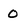
Character: 0